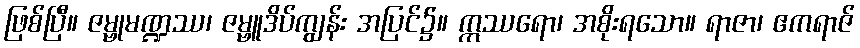
ဖြစ်ပြီ။ ဇမ္ဗုမဏ္ဍဿ၊ ဇမ္ဗူဒိပ်ကျွန်း အပြင်၌။ ဣဿရော၊ အစိုးရသော။ ရာဇာ၊ ဧကရာဇ်